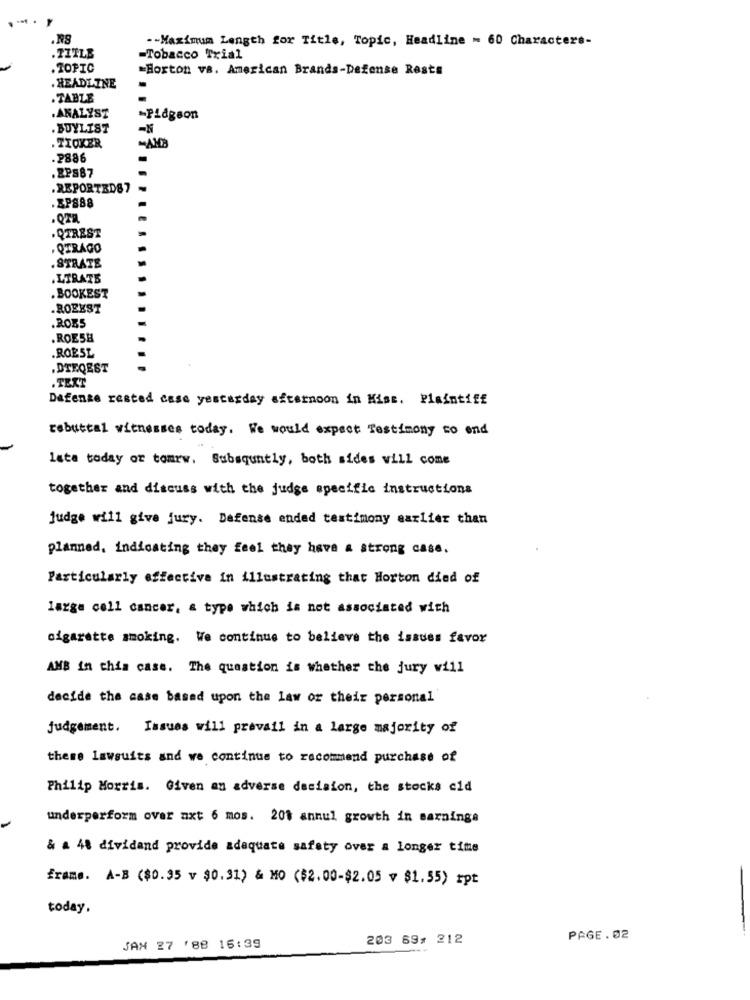
.RS
-- Maximum Length for Title, Topic, Headline - 60 Characters-
.TITLE
-Tobacco Trial
. TOPIC
=Horton va. American Brands-Defense Rests
HEADLINE
. TABLE
.ANALYST
-Pidgeon
. BUYLIST
. TICKER
.2886
.22887
.REPORTED87
.SP888
. QTREST
. QTRAGO
.STRATE
.LTRATE
. BOOKEST
.ROEEST
.ROES
.ROESH
.ROESL
.DTEQEST
.TEXT
Dafence rested case yesterday afternoon in HisE. Plaintiff
rebuttal witnesses today. We would expect Testimony to end
lata today or tomrw. Subsquntly, both sides will come
together and discuss with the judge specific instructions
judge will give jury. Defense ended testimony earlier than
planned, indicating they feel they have a strong case.
Particularly effective in illustrating that Horton died of
large cell cancer, a type which is not associated with
cigarette smoking. We continue to believe the issues favor
AMB In this case. The question is whether the jury will
decide the case based upon the law or their personal
judgement. Issues will prevail in a large majority of
there Lawsuits and we continue to recommend purchase of
Philip Morris. Given an adverse decision, the stocks cid
underperform over axt 6 mos. 201 annul growth in earnings
& a 48 dividand provide adequate safety over a longer time
frame. A-B ($0.95 v $0.31) & MO ($2.00-$2.05 v $1.55) +pt
today.
203 69, 212
PAGE. 02
JAN 27 '88 16:39